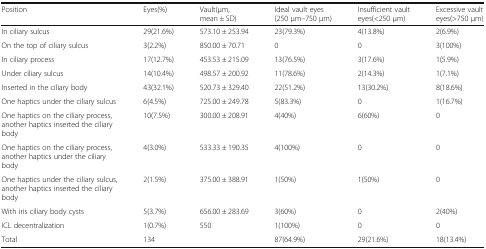
<table><thead><tr><td><b>Position</b></td><td><b>Eyes(%)</b></td><td><b>Vault(μm, mean ± SD)</b></td><td><b>Ideal vault eyes (250 μm–750 μm)</b></td><td><b>Insufficient vault eyes(&lt;250 μm)</b></td><td><b>Excessive vault eyes(&gt;750 μm)</b></td></tr></thead><tbody><tr><td>In ciliary sulcus</td><td>29(21.6%)</td><td>573.10 ± 253.94</td><td>23(79.3%)</td><td>4(13.8%)</td><td>2(6.9%)</td></tr><tr><td>On the top of ciliary sulcus</td><td>3(2.2%)</td><td>850.00 ± 70.71</td><td>0</td><td>0</td><td>3(100%)</td></tr><tr><td>In ciliary process</td><td>17(12.7%)</td><td>453.53 ± 215.09</td><td>13(76.5%)</td><td>3(17.6%)</td><td>1(5.9%)</td></tr><tr><td>Under ciliary sulcus</td><td>14(10.4%)</td><td>498.57 ± 200.92</td><td>11(78.6%)</td><td>2(14.3%)</td><td>1(7.1%)</td></tr><tr><td>Inserted in the ciliary body</td><td>43(32.1%)</td><td>520.73 ± 329.40</td><td>22(51.2%)</td><td>13(30.2%)</td><td>8(18.6%)</td></tr><tr><td>One haptics under the ciliary sulcus</td><td>6(4.5%)</td><td>725.00 ± 249.78</td><td>5(83.3%)</td><td>0</td><td>1(16.7%)</td></tr><tr><td>One haptics on the ciliary process, another haptics inserted the ciliary body</td><td>10(7.5%)</td><td>300.00 ± 208.91</td><td>4(40%)</td><td>6(60%)</td><td>0</td></tr><tr><td>One haptics on the ciliary process, another haptics under the ciliary body</td><td>4(3.0%)</td><td>533.33 ± 190.35</td><td>4(100%)</td><td>0</td><td>0</td></tr><tr><td>One haptics under the ciliary sulcus, another haptics inserted the ciliary body</td><td>2(1.5%)</td><td>375.00 ± 388.91</td><td>1(50%)</td><td>1(50%)</td><td>0</td></tr><tr><td>With iris ciliary body cysts</td><td>5(3.7%)</td><td>656.00 ± 283.69</td><td>3(60%)</td><td>0</td><td>2(40%)</td></tr><tr><td>ICL decentralization</td><td>1(0.7%)</td><td>550</td><td>1(100%)</td><td>0</td><td>0</td></tr><tr><td>Total</td><td>134</td><td></td><td>87(64.9%)</td><td>29(21.6%)</td><td>18(13.4%)</td></tr></tbody></table>